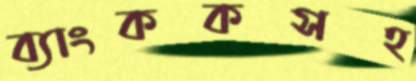
ব্যাংককসহ